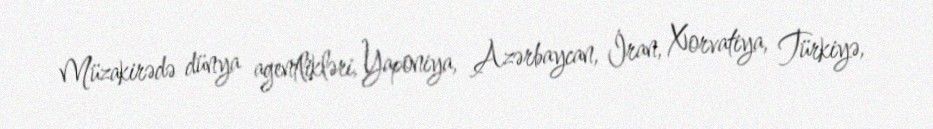
Müzakirədə dünya agentlikləri, Yaponiya, Azərbaycan, İran, Xorvatiya, Türkiyə,